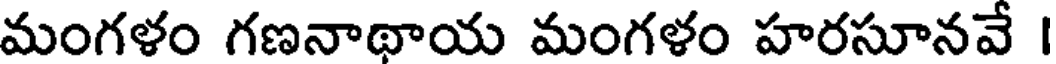
మంగళం గణనాథాయ మంగళం హరసూనవే